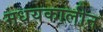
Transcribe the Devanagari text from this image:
मधयकालीन